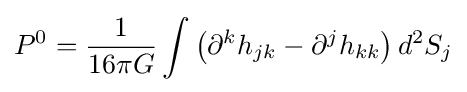
P^{0}={1 \over 16\pi G}\int \left(\partial ^{k}h_{jk}-\partial ^{j}h_{kk}\right)d^{2}S_{j}